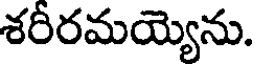
శరీరమయ్యెను.